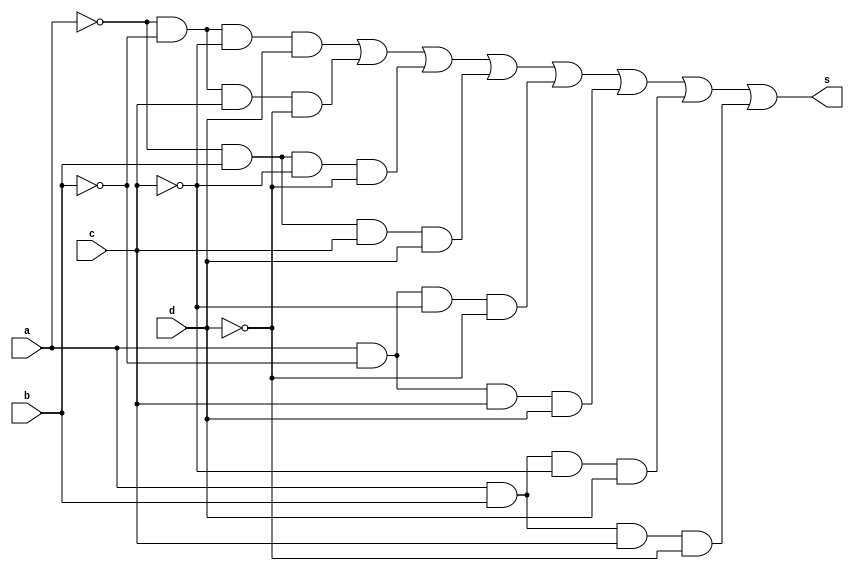
//Matheus Felipe Silva Evangelista
//Matrcula : 417550

module m1(s,a,b,c,d);
output s;
input a,b,c,d;
wire t1,t2,t3,t4,t5,t6,t7,t8;

and AND1(t1,~a,~b,~c,d);
and AND2(t2,~a,~b,c,~d);
and AND3(t3,~a,b,~c,~d);
and AND4(t4,~a,b,c,d);
and AND5(t5,a,~b,~c,~d);
and AND6(t6,a,~b,c,d);
and AND7(t7,a,b,~c,d);
and AND8(t8,a,b,c,~d);

or OR1(s,t1,t2,t3,t4,t5,t6,t7,t8);

endmodule 

//teste

module teste;
reg a,b,c,d;
integer x,y,w,z;
wire s;

//instancia

m1 m(s,a,b,c,d);

//main

initial begin
	$display("Prova 1b - Matheus Felipe Silva Evangelista");
	$display("a b c d s");
	$monitor("%b %b %b %b %b",a,b,c,d,s);
	
	for(x=0;x<2;x=x+1)
	begin
	a=x;
		for(y=0;y<2;y=y+1)
		begin
		b=y;
			for(w=0;w<2;w=w+1)
				begin
				c=w;
					for(z=0;z<2;z=z+1)
						begin
						#1 d=z;
						end
				end
			end
		end
	end


endmodule